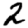
Digit: 2